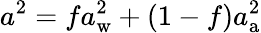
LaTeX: a^{2}=fa_{\mathrm{w}}^{2}+(1-f)a_{\mathrm{a}}^{2}